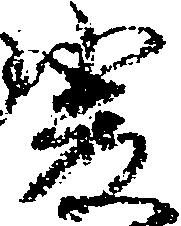
厳